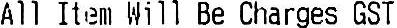
ALL ITEM WILL BE CHARGES GST